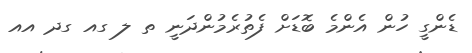
ޑެންގީ ހުން އެންމެ ބޮޑަށް ފެތުރެމުންދަނީ ތ ލ ގއ ގދ އއ